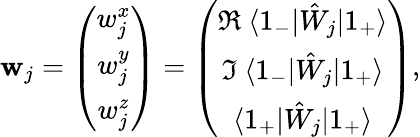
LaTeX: \mathbf{w}_{j}=\left(\begin{array}{c}{w_{j}^{x}}\\ {w_{j}^{y}}\\ {w_{j}^{z}}\end{array}\right)=\left(\begin{array}{c}{\Re\ \langle 1_{-}|\hat{W}_{j}|1_{+}\rangle}\\ {\Im\ \langle 1_{-}|\hat{W}_{j}|1_{+}\rangle}\\ {\langle 1_{+}|\hat{W}_{j}|1_{+}\rangle}\end{array}\right),